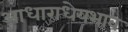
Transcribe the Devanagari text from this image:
आधाराधेयभाव